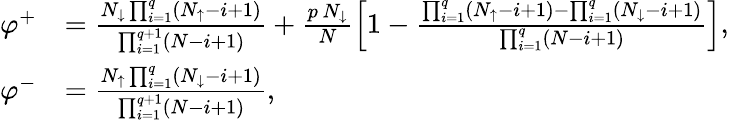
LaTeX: \begin{array}{rl}{\varphi^{+}}&{=\frac{N_{\downarrow}\prod_{i=1}^{q}\left(N_{\uparrow}-i+1\right)}{\prod_{i=1}^{q+1}\left(N-i+1\right)}+\frac{p\, N_{\downarrow}}{N}\left[1-\frac{\prod_{i=1}^{q}\left(N_{\uparrow}-i+1\right)-\prod_{i=1}^{q}\left(N_{\downarrow}-i+1\right)}{\prod_{i=1}^{q}\left(N-i+1\right)}\right],}\\ {\varphi^{-}}&{=\frac{N_{\uparrow}\prod_{i=1}^{q}\left(N_{\downarrow}-i+1\right)}{\prod_{i=1}^{q+1}\left(N-i+1\right)},}\end{array}